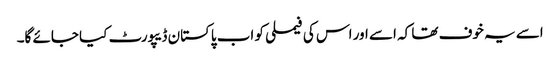
اسے یہ خوف تھا کہ اسے اور اس کی فیملی کو اب پاکستان ڈیپورٹ کیا جائے گا۔